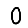
Digit: 0